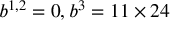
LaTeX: b ^ { 1 , 2 } = 0 , b ^ { 3 } = 1 1 \times 2 4